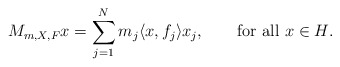
\begin{align*} M_{m,X,F}x=\sum_{j=1}^N m_j \langle x,f_j \rangle x_j, \qquad\textrm{for all $x\in H$.}\end{align*}